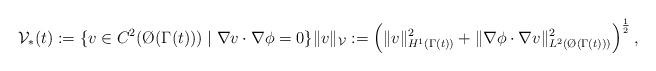
LaTeX: \begin{align*} \mathcal{V}_\ast(t) := \{ v \in C^2(\O({\Gamma(t)})) \mid \nabla v \cdot \nabla \phi = 0 \} \Vert v \Vert_{\mathcal{V}} := \left(\Vert v \Vert_{H^1(\Gamma(t))}^2 + \Vert \nabla \phi \cdot \nabla v \Vert_{L^2(\O(\Gamma(t)))}^2\right)^{\frac12},\end{align*}